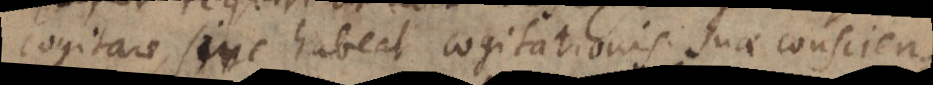
cogitare, sive habeat cogitationis suae conscien